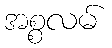
အစ္စလမ်